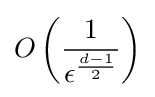
O\left({\frac {1}{\epsilon ^{\frac {d-1}{2}}}}\right)